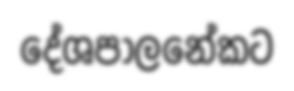
දේශපාලනේකට